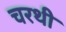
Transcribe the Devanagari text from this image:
चरथी